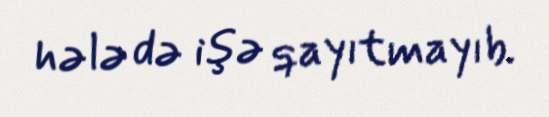
hələ də işə qayıtmayıb.